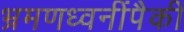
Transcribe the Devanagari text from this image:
भ्रमणध्वनींपैकी